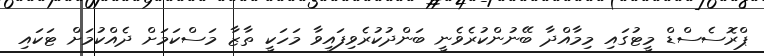
ޕްރޮސެސްޑް މީޓުގައި މިމާއްދާ ބޭނުންކުރެވެނީ ބަންދުކުރެވިފައިވާ މަހަކީ ތާޒާ މަސްކަމަށް ދެއްކުމަށް ޓަކައި